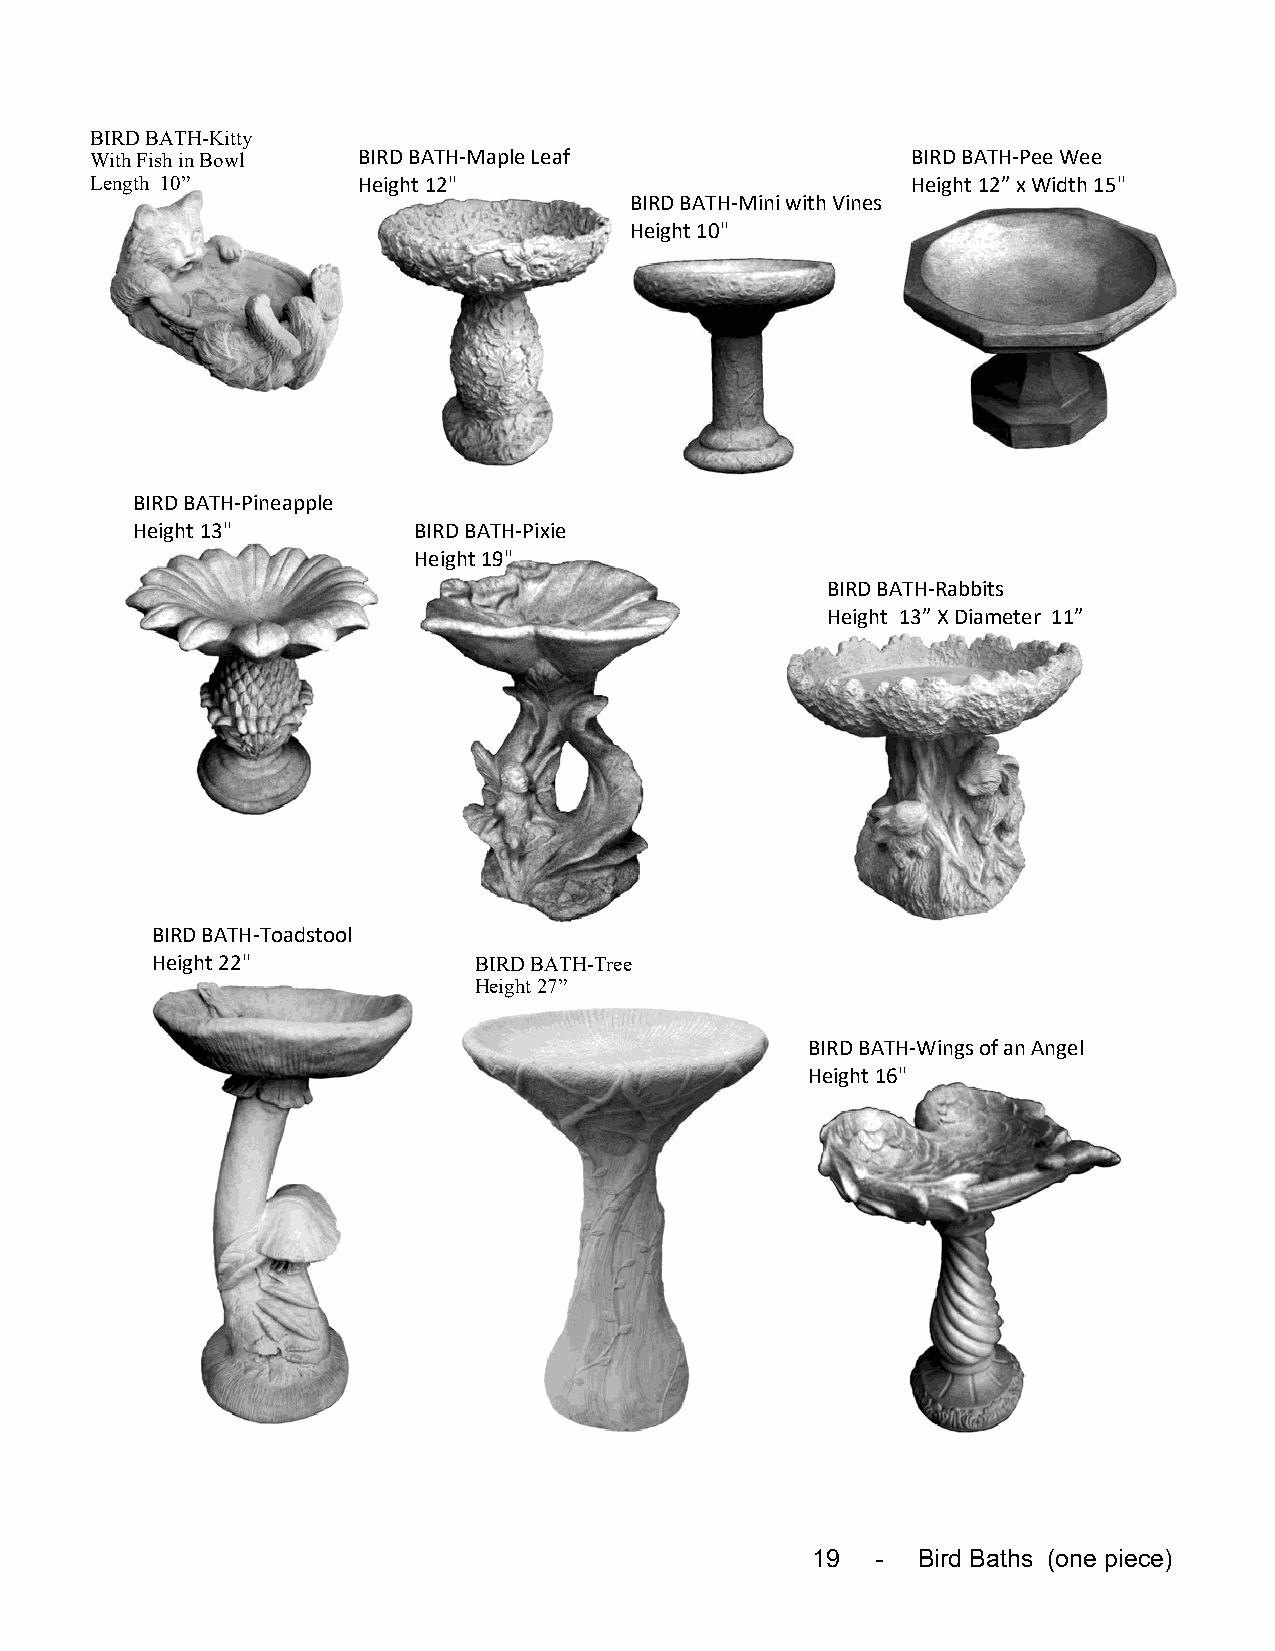
BIRD BATH-Kitty
 With Fish in Bowl BIRD BATH-Maple Leaf                BIRD BATH-Pee Wee
 Length 10”        Height 12"                          Height 12” x Width 15"
 BIRD BATH-Mini with Vines
 Height 10"
 BIRD BATH-Pineapple
 Height 13"        BIRD BATH-Pixie
 Height 19"
 BIRD BATH-Rabbits
 Height 13” X Diameter 11”
 BIRD BATH-Toadstool
 Height 22"           BIRD BATH-Tree
 Height 27”
 BIRD BATH-Wings of an Angel
 Height 16"
 19  -  Bird Baths (one piece)